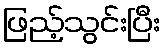
ဖြည့်သွင်းပြီး